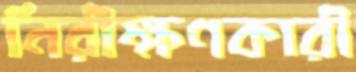
নিরীক্ষণকারী